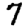
Digit: 7